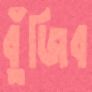
বুঁজিব